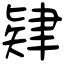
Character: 肄